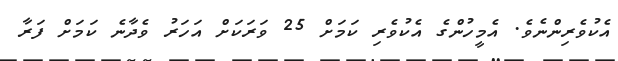
އެކުވެރިންނެވެ. އެމީހުންގެ އެކުވެރި ކަމަށް 25 ވަރަކަށް އަހަރު ވެދާނެ ކަމަށް ފަރާ